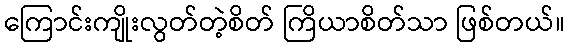
ကြောင်းကျိုးလွတ်တဲ့စိတ် ကြိယာစိတ်သာ ဖြစ်တယ်။